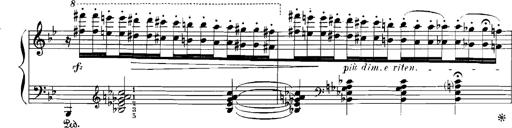
Title: Rhapsodies hongroises
Composer: Franz Liszt